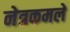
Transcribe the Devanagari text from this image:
नेत्रकमले